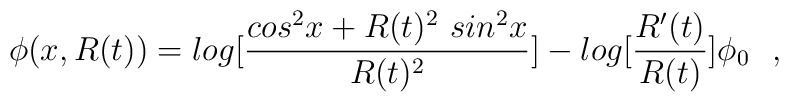
\phi(x,R(t))=log[\frac{cos^2x+R(t)^2~sin^2x}{R(t)^2}]-log[{R'(t)\over R(t)}] \phi_0~~,